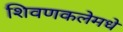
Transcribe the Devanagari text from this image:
शिवणकलेमधे